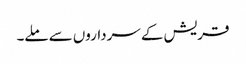
قریش کے سرداروں سے ملے۔